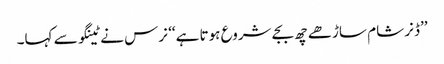
’’ڈنر شام ساڑھے چھ بجے شروع ہوتا ہے‘‘ نرس نے ٹینگو سے کہا۔